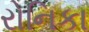
રોનિકા